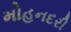
મોહનદરી